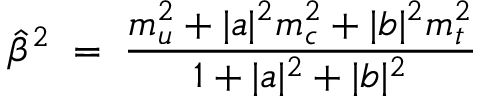
\hat { \beta } ^ { 2 } \; = \; \frac { m _ { u } ^ { 2 } + | a | ^ { 2 } m _ { c } ^ { 2 } + | b | ^ { 2 } m _ { t } ^ { 2 } } { 1 + | a | ^ { 2 } + | b | ^ { 2 } }